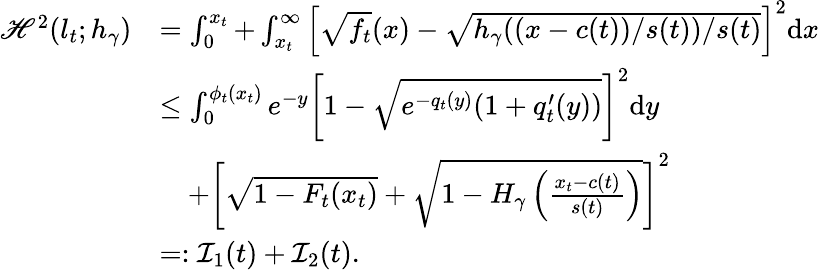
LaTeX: \begin{array}{rl}{{\mathscr{H}}^{2}(l_{t};h_{\gamma})}&{=\int_{0}^{x_{t}}+\int_{x_{t}}^{\infty}\left[\sqrt{f_{t}}(x)-\sqrt{h_{\gamma}({(x-c(t))}/s(t))/s(t)}\right]^{2}\mathrm{d}x}\\ &{\leq\int_{0}^{\phi_{t}(x_{t})}e^{-y}\left[1-\sqrt{e^{{-}q_{t}(y)}(1+q_{t}^{\prime}(y))}\right]^{2}\mathrm{d}y}\\ &{\quad+\left[\sqrt{1-F_{t}(x_{t})}+\sqrt{1-{H_{\gamma}\left(\frac{x_{t}-c(t)}{s(t)}\right)}}\right]^{2}}\\ &{=:\mathcal{I}_{1}(t)+\mathcal{I}_{2}(t){.}}\end{array}